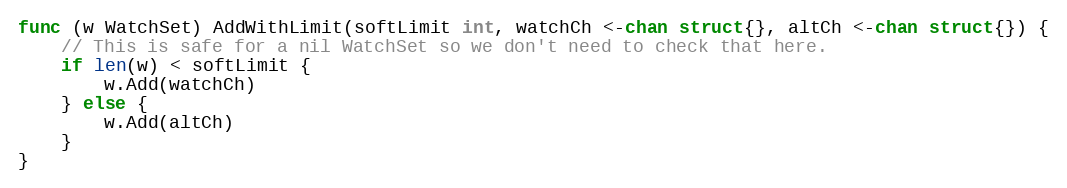
Language: Go
func (w WatchSet) AddWithLimit(softLimit int, watchCh <-chan struct{}, altCh <-chan struct{}) {
	// This is safe for a nil WatchSet so we don't need to check that here.
	if len(w) < softLimit {
		w.Add(watchCh)
	} else {
		w.Add(altCh)
	}
}